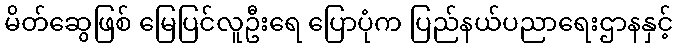
မိတ်ဆွေဖြစ် မြေပြင်လူဦးရေ ပြောပုံက ပြည်နယ်ပညာရေးဌာနနှင့်